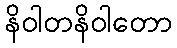
နိဝါတနိဝါတော